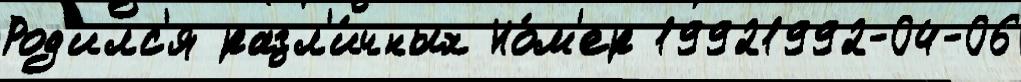
Род'илс'я разл'и́чных Но́м'ер 19921992-04-06